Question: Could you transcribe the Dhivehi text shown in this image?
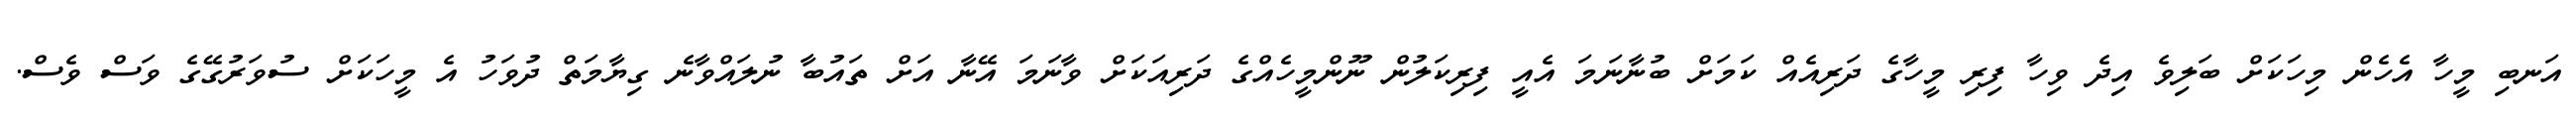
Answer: އަނބި މީހާ އެހެން މިހަކަށް ބަލިވެ އިދެ ވިހާ ފިރި މީހާގެ ދަރިއެއް ކަމަށް ބުނާނަމަ އެއީ ފިރިކަލުން ނޫންމީހެއްގެ ދަރިއަކަށް ވާނަމަ އޭނާ އަށް ތައުބާ ނުލައްވާނެ ގިޔާމަތް ދުވަހު އެ މީހަކަށް ސުވަރުގޭގެ ވަސް ވެސް.